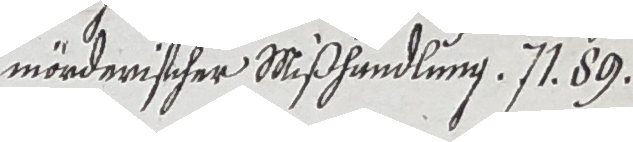
mörderischer Mißhandlung. N1. 89.